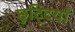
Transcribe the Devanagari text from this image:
छुटि्टयाँ